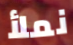
نملأ